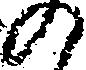
の